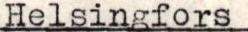
Helsingfors